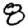
Digit: 8